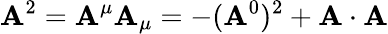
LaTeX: \mathbf{A}^{2}=\mathbf{A}^{\mu}\mathbf{A}_{\mu}=-(\mathbf{A}^{0})^{2}+\mathbf{{\mathbf{A}}}\cdot\mathbf{{\mathbf{A}}}